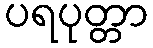
ပရပုတ္တာ